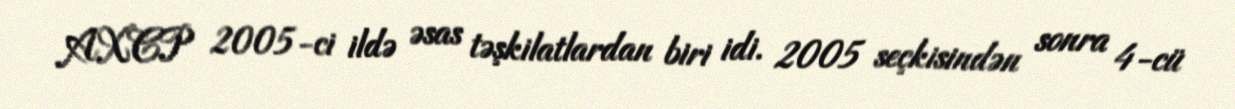
AXCP 2005-ci ildə əsas təşkilatlardan biri idi. 2005 seçkisindən sonra 4-cü